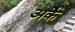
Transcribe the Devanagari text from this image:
अर्के